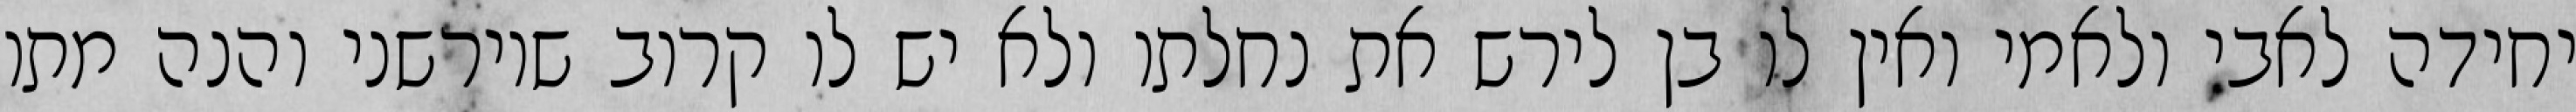
יחידה לאבי ולאמי ואין לו בן לירש את נחלתו ולא יש לו קרוב שיורשני והנה מתו